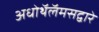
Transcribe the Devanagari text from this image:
अधोथॅलॅमसद्वारे